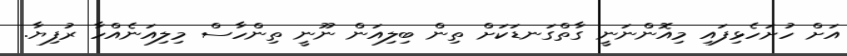
އަށް ހުށަހެޅިފައި މިއޮންނަނީ ގާތްގަނޑަކަށް ތިން ބިލިއަން ނޫނީ ތިންހާސް މިލިއަނެއްހާ ރުފިޔާ.